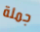
جملة